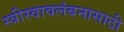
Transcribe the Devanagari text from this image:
स्त्रीस्वावलंबनासाठी